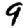
Digit: 9